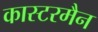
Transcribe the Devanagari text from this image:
कास्टरमैन